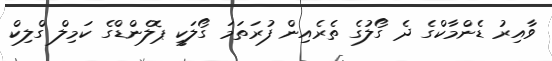
ވާއިރު ޑެންމާކްގެ ދެ ގޯލުގެ ތެރެއިން ފުރަތަމަ ގޯލަކީ ޕޮލެންޑްގެ ކަމިލް ގްލިކް